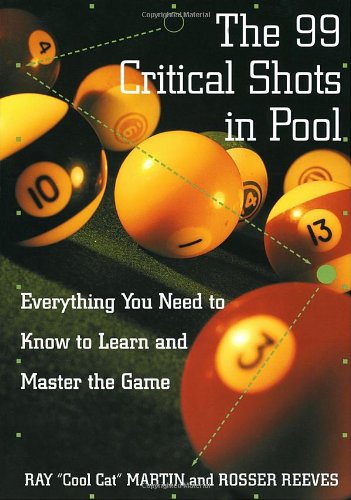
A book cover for The 99 Critical Shots in Pool: Everything You Need to Know to Learn and Master the Game (Other); Ray Martin; Sports & Outdoors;